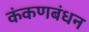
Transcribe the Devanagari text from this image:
कंकणबंधन